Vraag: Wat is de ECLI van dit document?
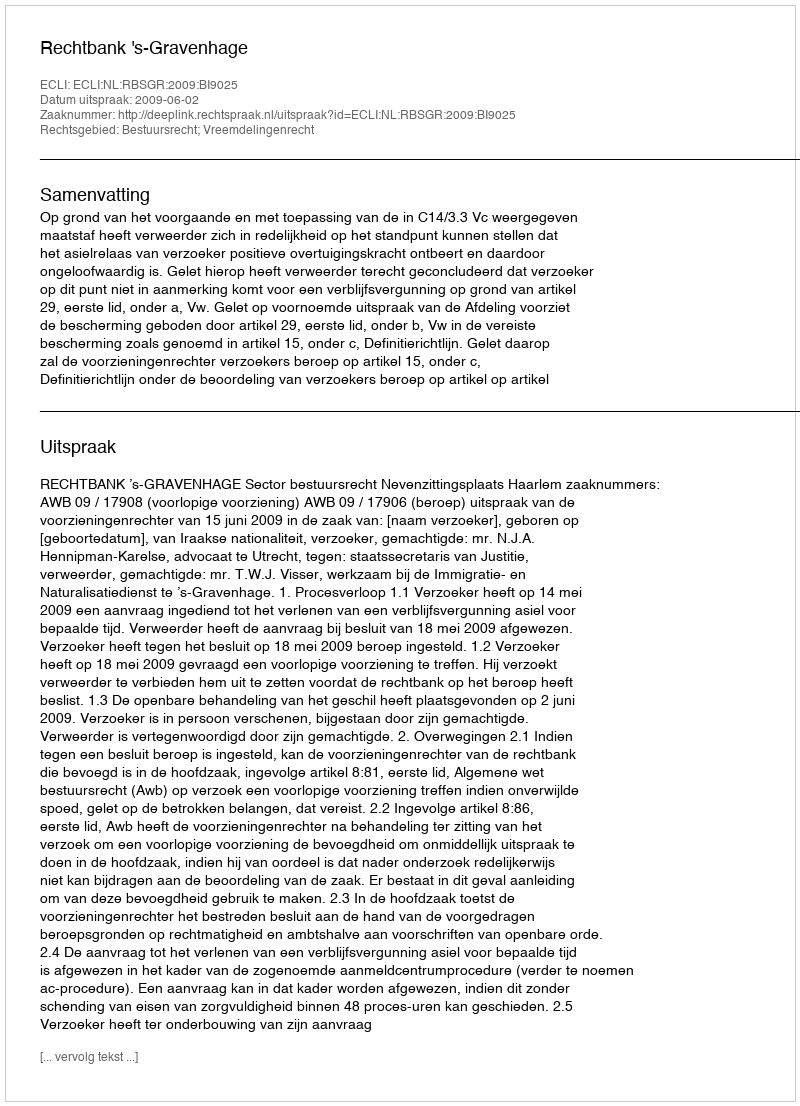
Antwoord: ECLI:NL:RBSGR:2009:BI9025